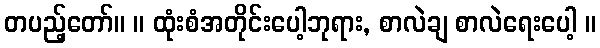
တပည့်တော်။ ။ ထုံးစံအတိုင်းပေါ့ဘုရား, စာလဲချ စာလဲရေးပေါ့ ။